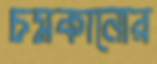
চমকানোর